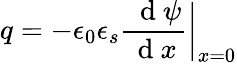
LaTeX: q=-\epsilon_{0}\epsilon_{s}\frac{\ \mathrm{~d~}\psi}{\mathrm{~d~}x}\bigg|_{x=0}